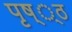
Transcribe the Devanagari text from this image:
पृष््ठ